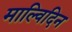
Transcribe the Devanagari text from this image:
माल्विदिन